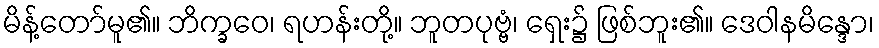
မိန့်တော်မူ၏။ ဘိက္ခဝေ၊ ရဟန်းတို့။ ဘူတပုဗ္ဗံ၊ ရှေး၌ ဖြစ်ဘူး၏။ ဒေဝါနမိန္ဒော၊